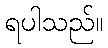
ရပါသည်။